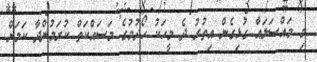
މި މައްސަލައާ ގުޅިގެން އިތުރު ދެ މީހަކު ހޯދުމުގެ މަސައްކަތް ކުރަމުންދާ ކަމަށް